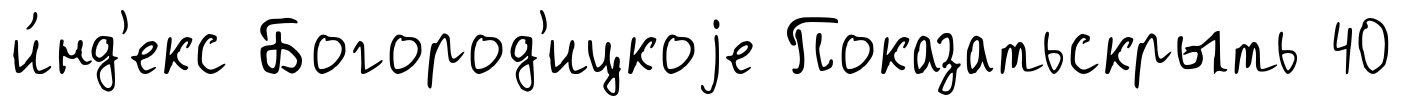
и́нд'екс Богород'ицкоjе Показатьскрыть 40